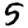
Digit: 5